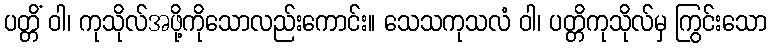
ပတ္တိံ ဝါ၊ ကုသိုလ်အဖို့ကိုသောလည်းကောင်း။ သေသကုသလံ ဝါ၊ ပတ္တိကုသိုလ်မှ ကြွင်းသော